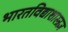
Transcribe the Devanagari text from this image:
भारतविद्याशास्त्रज्ञ